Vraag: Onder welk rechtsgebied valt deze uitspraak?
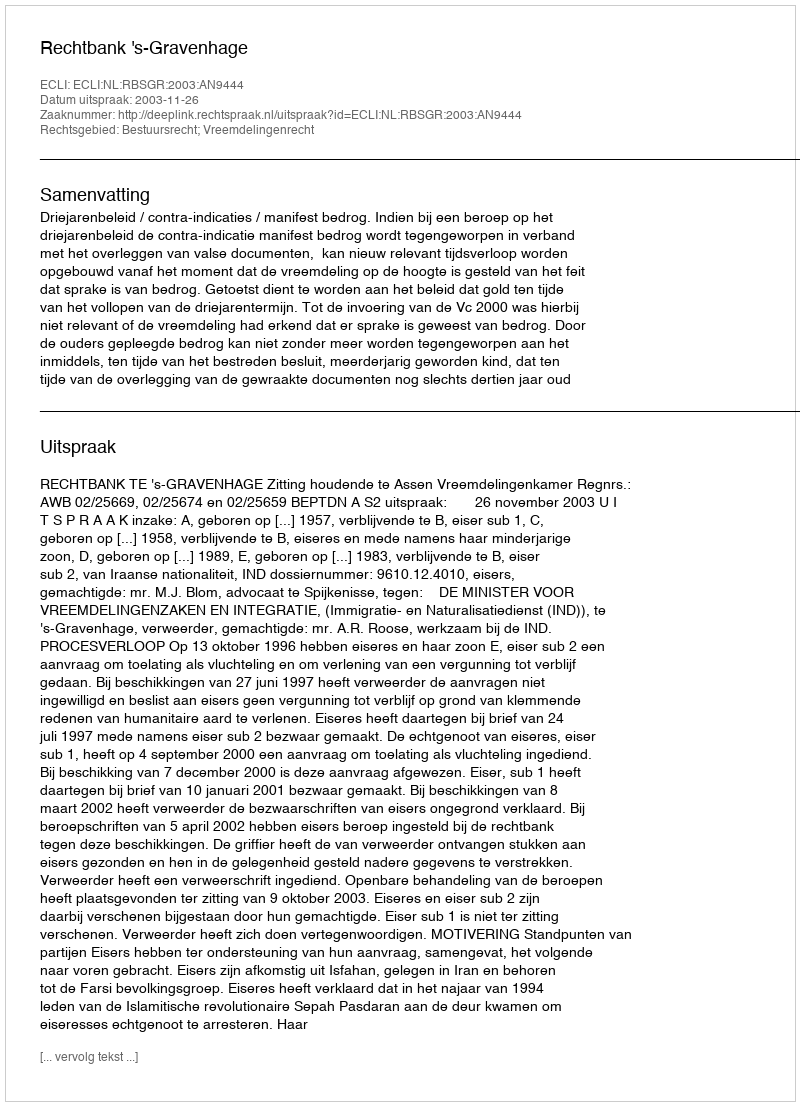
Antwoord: Bestuursrecht; Vreemdelingenrecht